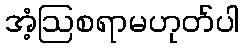
အံ့ဩစရာမဟုတ်ပါ